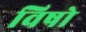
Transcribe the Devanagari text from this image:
विषो